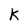
Character: K